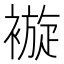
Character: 𧜽